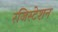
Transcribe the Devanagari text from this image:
रजिस्टेशन